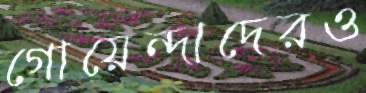
গোয়েন্দাদেরও